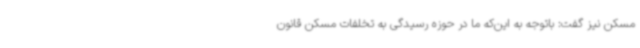
مسکن نیز گفت: باتوجه به این‌که ما در حوزه رسیدگی به تخلفات مسکن قانون